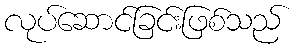
လုပ်ဆောင်ခြင်းဖြစ်သည်